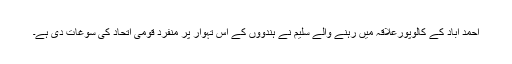
احمد آباد کے كالوپورعلاقہ میں رہنے والے سلیم نے ہندوؤں کے اس تہوار پر منفرد قومی اتحاد کی سوغات دی ہے۔